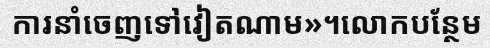
ការនាំចេញទៅវៀតណាម»។លោកបន្ថែម